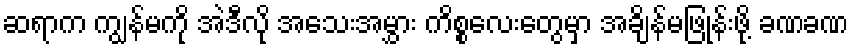
ဆရာက ကျွန်မကို အဲဒီလို အသေးအမွှား ကိစ္စလေးတွေမှာ အချိန်မဖြုန်းဖို့ ခဏခဏ